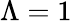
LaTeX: \Lambda=1